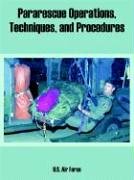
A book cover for Pararescue Operations, Techniques, and Procedures; U.S. Air Force; Sports & Outdoors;